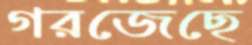
গরজেছে